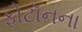
ફોટૉનના